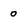
Character: 0